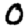
Digit: 0